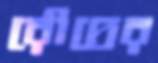
রৌদ্রের